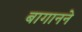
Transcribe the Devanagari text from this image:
बागानने